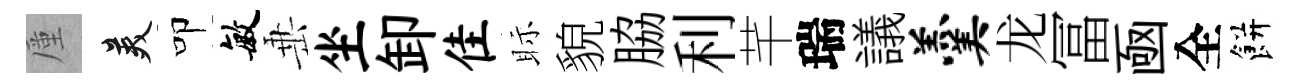
厪美叩敏𡸁坐卸隹眎貌脇利芊瑞議羹龙冨凾全餅